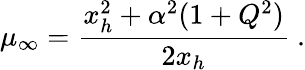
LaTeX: \mu_{\infty}={\frac{x_{h}^{2}+\alpha^{2}(1+Q^{2})}{2x_{h}}}\ .